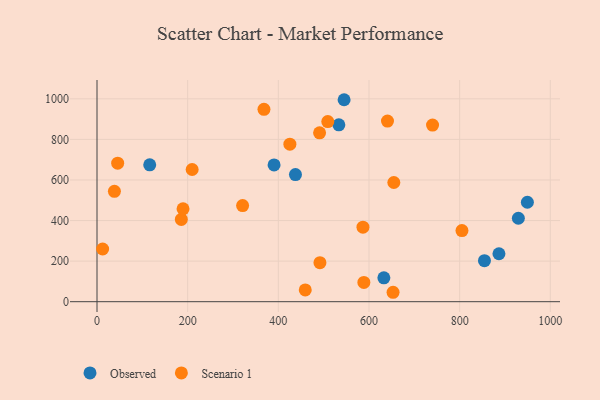
{"axis": {"x": "Distance", "y": "Exam Score"}, "legend": ["Observed", "Scenario 1"], "data": [{"x": "886.7", "y": 236.2, "type": "Observed"}, {"x": "533.5", "y": 871.9, "type": "Observed"}, {"x": "545.1", "y": 995.6, "type": "Observed"}, {"x": "390.6", "y": 674.4, "type": "Observed"}, {"x": "854.7", "y": 202.2, "type": "Observed"}, {"x": "632.8", "y": 117.4, "type": "Observed"}, {"x": "437.8", "y": 626.7, "type": "Observed"}, {"x": "929.5", "y": 411.3, "type": "Observed"}, {"x": "949.4", "y": 490.1, "type": "Observed"}, {"x": "116.3", "y": 674.7, "type": "Observed"}, {"x": "368.3", "y": 948.1, "type": "Scenario 1"}, {"x": "12.4", "y": 259.7, "type": "Scenario 1"}, {"x": "805.1", "y": 350.5, "type": "Scenario 1"}, {"x": "588.7", "y": 94.8, "type": "Scenario 1"}, {"x": "45.6", "y": 683.0, "type": "Scenario 1"}, {"x": "640.8", "y": 890.5, "type": "Scenario 1"}, {"x": "186.0", "y": 405.3, "type": "Scenario 1"}, {"x": "509.1", "y": 887.8, "type": "Scenario 1"}, {"x": "654.8", "y": 587.5, "type": "Scenario 1"}, {"x": "491.0", "y": 832.3, "type": "Scenario 1"}, {"x": "586.7", "y": 367.5, "type": "Scenario 1"}, {"x": "321.2", "y": 473.7, "type": "Scenario 1"}, {"x": "209.9", "y": 651.7, "type": "Scenario 1"}, {"x": "189.8", "y": 458.0, "type": "Scenario 1"}, {"x": "425.5", "y": 776.5, "type": "Scenario 1"}, {"x": "459.4", "y": 58.2, "type": "Scenario 1"}, {"x": "740.2", "y": 870.7, "type": "Scenario 1"}, {"x": "491.8", "y": 192.4, "type": "Scenario 1"}, {"x": "38.4", "y": 544.0, "type": "Scenario 1"}, {"x": "653.1", "y": 46.4, "type": "Scenario 1"}]}